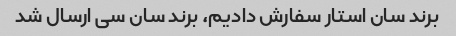
برند سان استار سفارش دادیم، برند سان سی ارسال شد